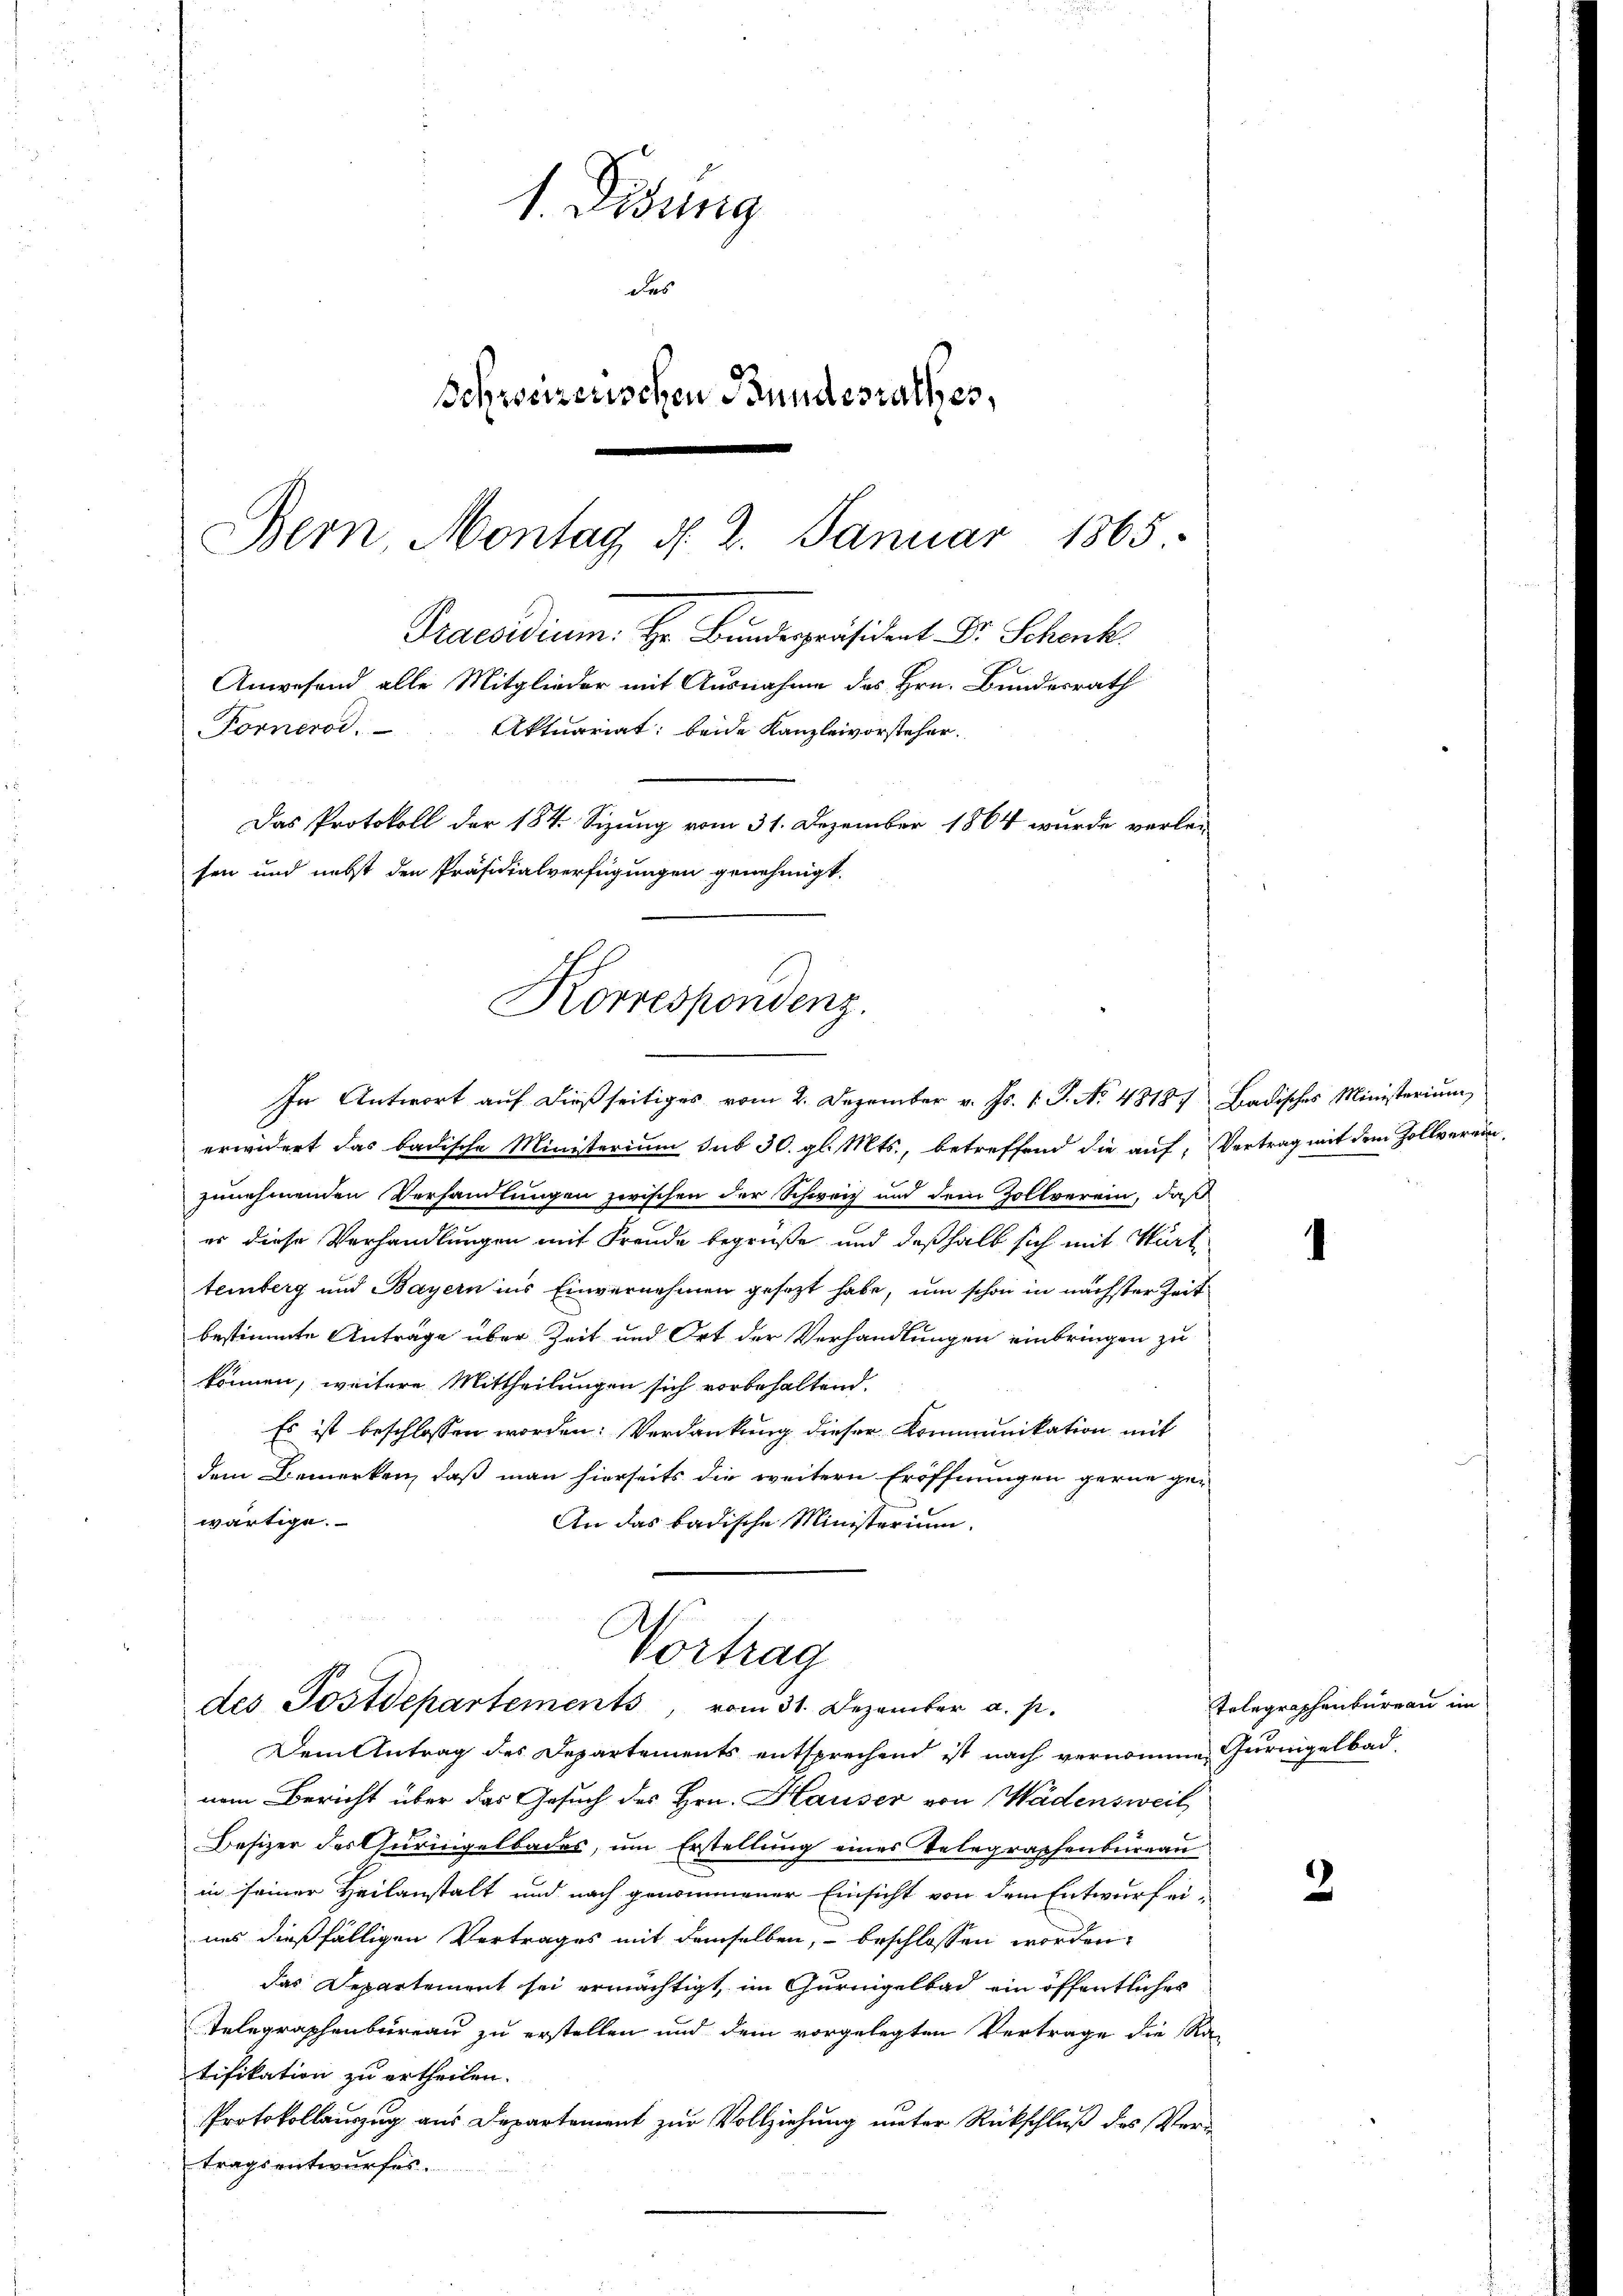
Bern, Montag d. 2. Januar 1865.
Praesidium. Hr. Bundespräsident Dr. Schenk
Forneros,
Aktuariat: beide Kanzleivorsteher.
Das Protokoll der 184. Sizung vom 31. Dezember 1864 wurde verlei
fen und nebst den Präsidialverfügungen genehmigt.
Korrespondenz.
In Antwort auf dießseitiges vom 2. Dezember v. Js. v. J. No 48187 Badisches Ministerium,

1. Desung
des
Schweizerischen Bundesrathes,

Anwesend alle Mitglieder mit Ausnahme des Hrn. Bundesrath

.
Vortrag
des Postdepartements, vom 31. Dezember a. p.

erwidert das badische Ministerium sub 30. gl. Mts., betreffend die auf, Vertrag mit dem Zollverric
zunehmenden Verhandlungen zwischen der Schweiz und dem Zollverein, daß
er diese Verhandlungen mit Freude begrüße und deßhalb sich mit Würt
temberg und Bayern ins Einvernehmen gesezt habe, um schon in nächster Zeit
bestimmte Anträge über Zeit und Ort der Verhandlungen einbringen zu
können, weitere Mittheilungen sich vorbehaltend.
Es ist beschlossen worden. Verdankung dieser Kommunikation mit
dem Bemerken, daß man hierseits die weitern Eröffnungen gerne gewärtige.
An das badische Ministerium.

Dem Antrag des Departements entsprechend ist nach vernomme Gurnigelbad,
nem Bericht über das Gesuch des Hrn. Hauser von Wädensweil
Besizer des Guringelbades, um Erstellung eines Telegraphenbureau
in seiner Heilanstalt und nach genommener Einsicht von dem Entwurf ei-
nes dießfälligen Vertrages mit demselben, beschlossen worden,
das Departement sei ermächtigt, im Gurnigelbach ein öffentliches
Telegraphenbureau zu erstellen und dem vorgelegten Vertrage die Ra-
tifikation zu ertheilen.
Protokollauszug aus Departement zur Vollziehung unter Rückschluß des Vertragsentwurfes.

1

Telegraphenbureau in

3